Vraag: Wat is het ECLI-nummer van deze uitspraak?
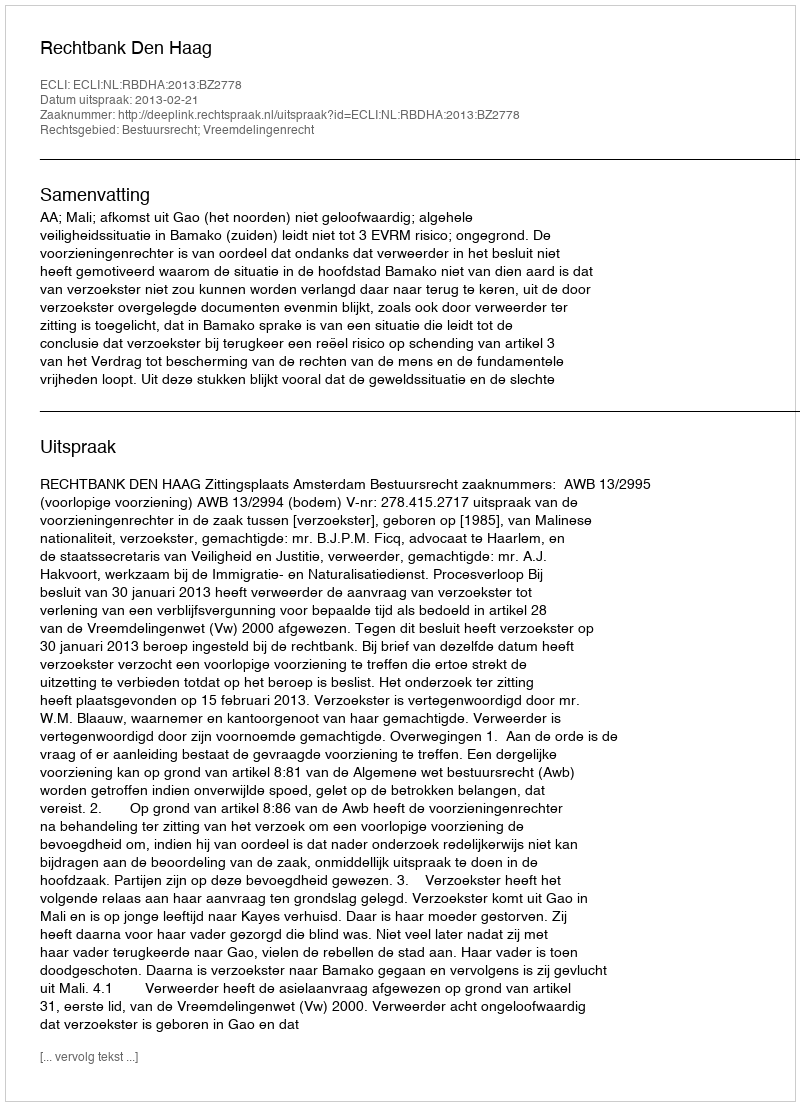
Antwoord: ECLI:NL:RBDHA:2013:BZ2778